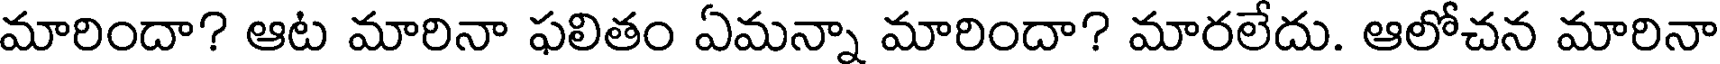
మారిందా? ఆట మారినా ఫలితం ఏమన్నా మారిందా? మారలేదు. ఆలోచన మారినా